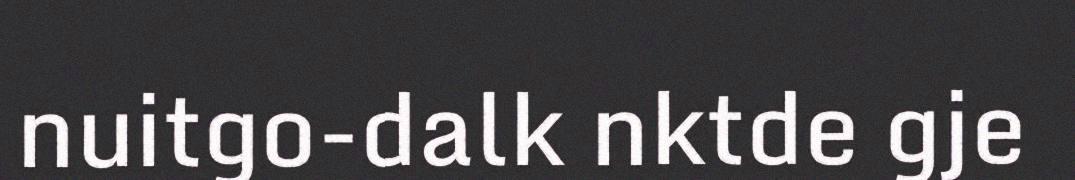
nuitgo-dalk nktde gje